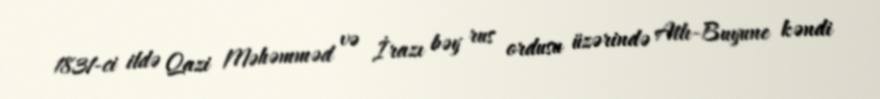
1831-ci ildə Qazi Məhəmməd və İrazı bəy rus ordusu üzərində Atlı-Buyune kəndi